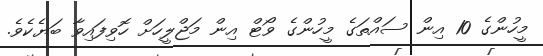
މީހުންގެ 10 އިން ސައްތަގެ މީހުންގެ ވޯޓް އިން މަޖްލީހަށް ހޮވިފައިވާ ބަޔެކެވެ.